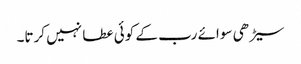
سیڑھی سوائے رب کے کوئی عطا نہیں کرتا۔